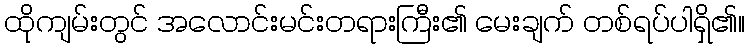
ထိုကျမ်းတွင် အလောင်းမင်းတရားကြီး၏ မေးချက် တစ်ရပ်ပါရှိ၏။